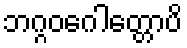
ဘဂ္ဂဝဂေါတ္တောပိ